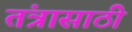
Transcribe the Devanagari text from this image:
तंत्रासाठी